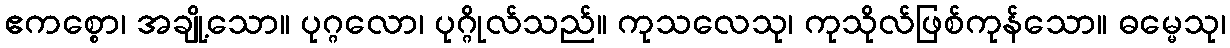
ဧကစ္စော၊ အချို့သော။ ပုဂ္ဂလော၊ ပုဂ္ဂိုလ်သည်။ ကုသလေသု၊ ကုသိုလ်ဖြစ်ကုန်သော။ ဓမ္မေသု၊